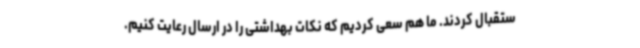
ستقبال کردند. ما هم سعی کردیم که نکات بهداشتی را در ارسال رعایت کنیم.